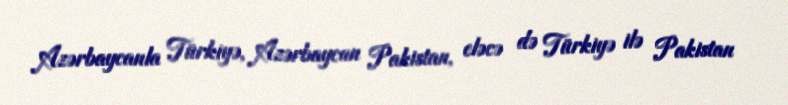
Azərbaycanla Türkiyə, Azərbaycan Pakistan, eləcə də Türkiyə ilə Pakistan